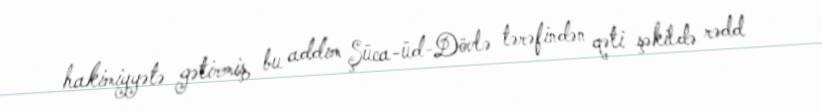
hakimiyyətə gətirmiş, bu addım Şüca-üd-Dövlə tərəfindən qəti şəkildə rədd